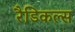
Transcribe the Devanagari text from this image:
रैडिकल्स